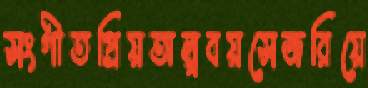
সংগীতপ্রিয়অল্পবয়সেজরিয়ে